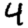
Digit: 4